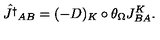
\hat { J ^ { \dagger } } _ { A B } = ( - D ) _ { K } \circ \theta _ { \Omega } J _ { B A } ^ { K } .